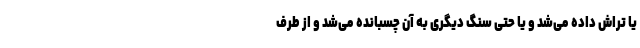
یا تراش داده می‌شد و یا حتی سنگ دیگری به آن چسبانده می‌شد و از طرف